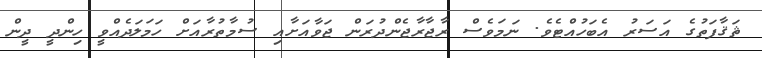
ޘަޤާފަތުގެ އަސަރު އެބަހުއްޓެވެ. ނަމަވެސް ރާޖާރާޖެންދުރަން ޖަވާއަށާއި ސުމާތުރާއަށް ހަމަލަދެއްވީ ހިންދީ ދީން